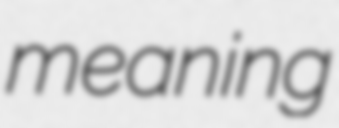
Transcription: meaning